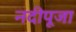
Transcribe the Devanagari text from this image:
नदीपूजा